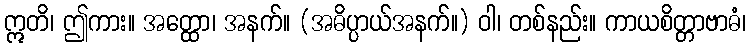
ဣတိ၊ ဤကား။ အတ္ထော၊ အနက်။ (အဓိပ္ပာယ်အနက်။) ဝါ၊ တစ်နည်း။ ကာယစိတ္တာဗာဓံ၊